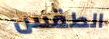
الطقس